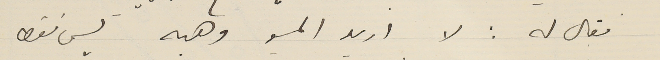
فقال له : لا اريد المسيو وهبه ليس فقط